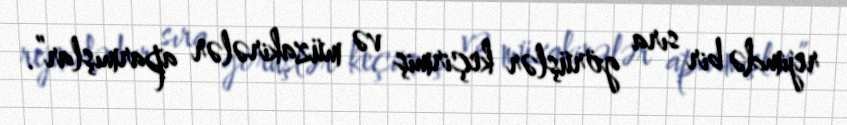
rejimdə bir sıra görüşlər keçirmiş və müzakirələr aparmışlar”.